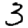
Digit: 3